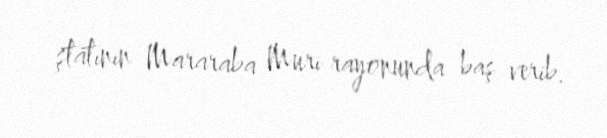
ştatının Mararaba Muri rayonunda baş verib.